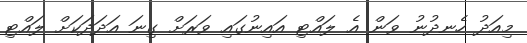
މިއަދު ހެނދުނު ވަން އެ ލައްޓި އައިނުގައި ވަރަށް ގިނަ އަދަދަކަށް ލައްޓި